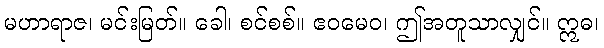
မဟာရာဇ၊ မင်းမြတ်။ ခေါ၊ စင်စစ်။ ဧဝမေဝ၊ ဤအတူသာလျှင်။ ဣဓ၊